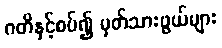
ဂတိနှင့်စပ်၍ မှတ်သားဖွယ်များ